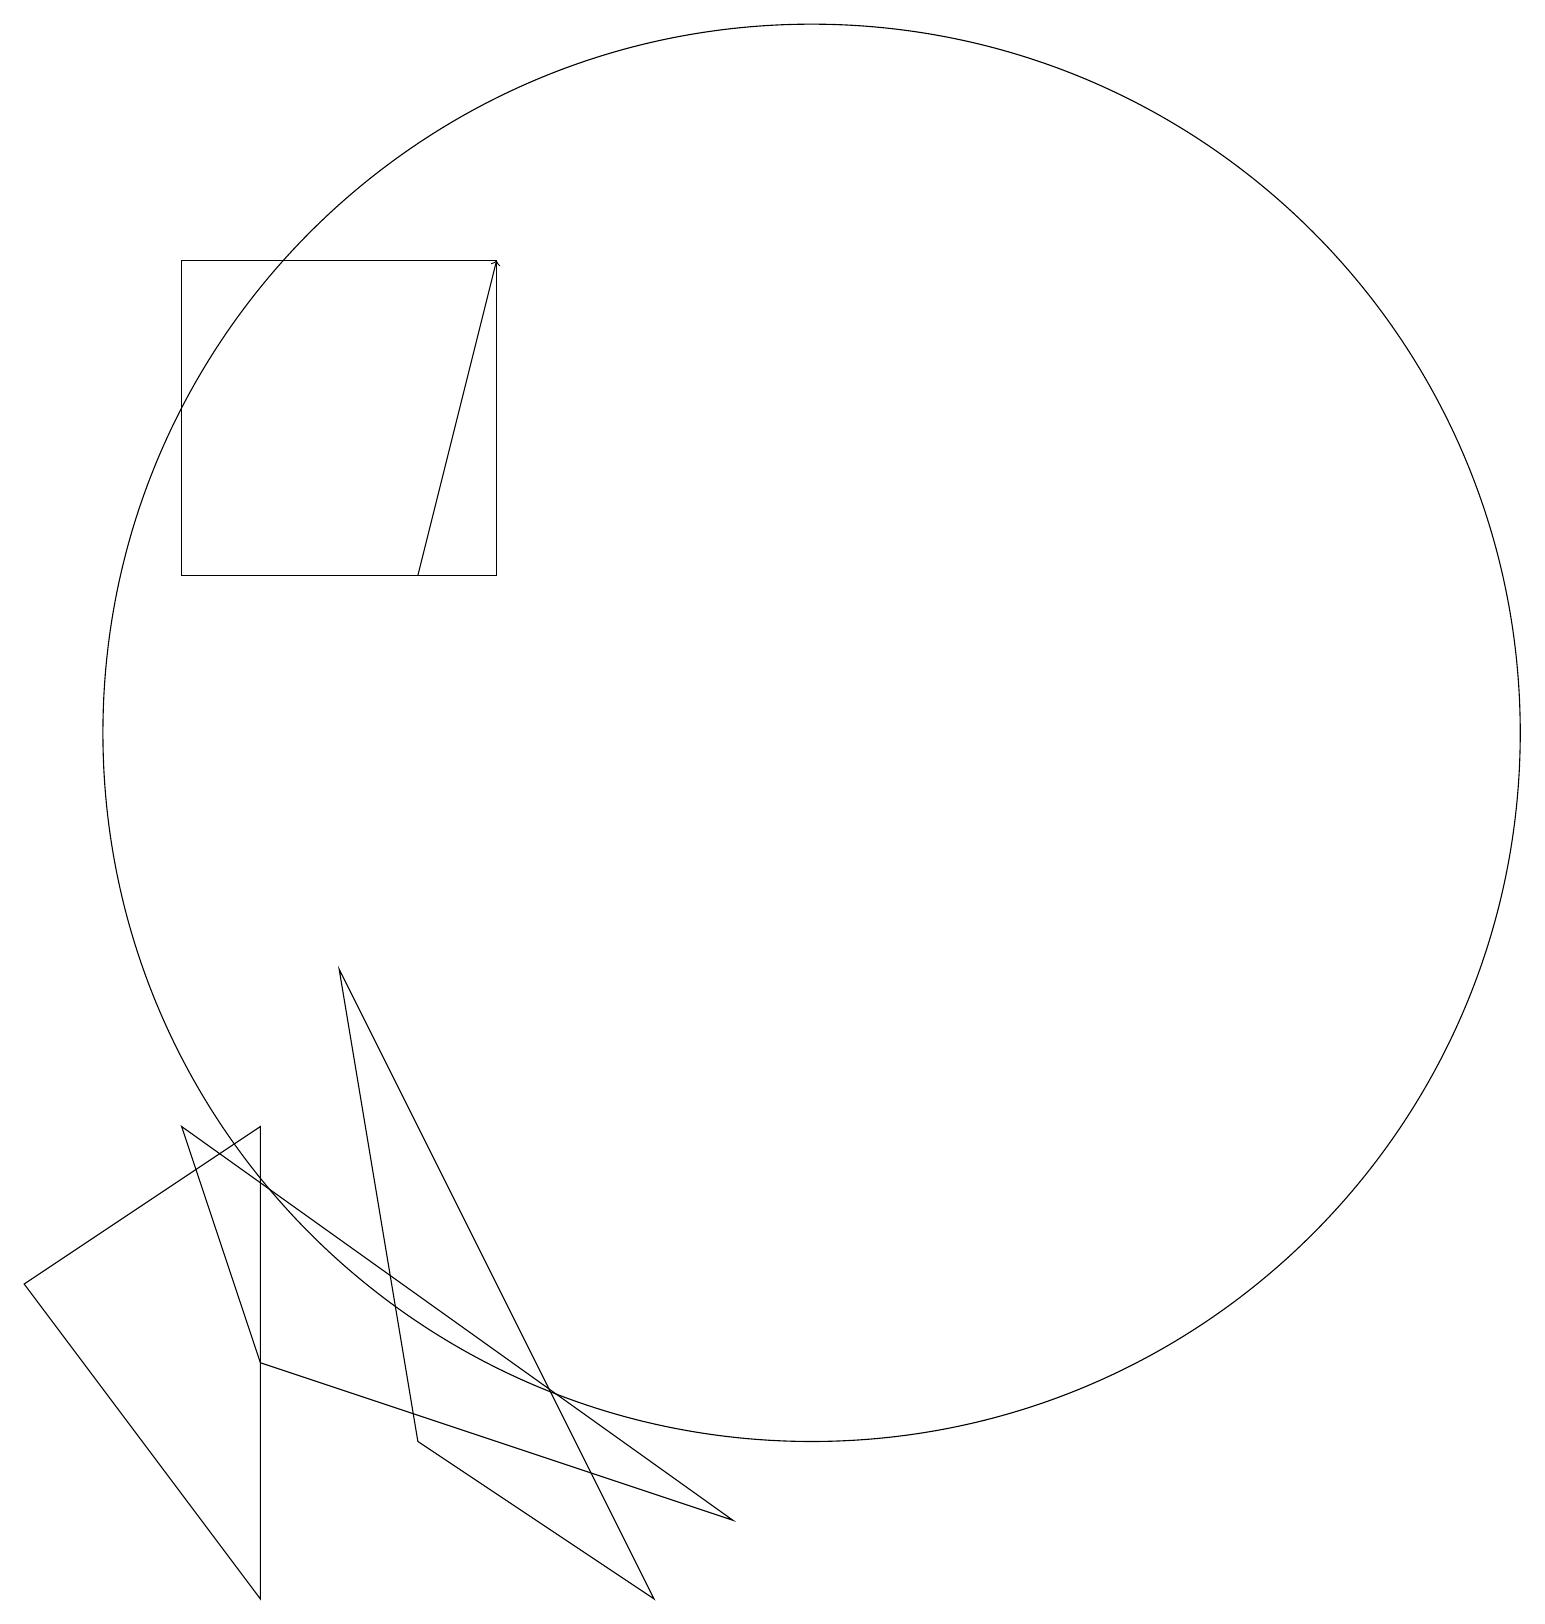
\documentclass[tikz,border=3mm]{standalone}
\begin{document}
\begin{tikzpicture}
\draw (8,0) -- (5,2) -- (4,8) -- cycle;
\draw (2,17) rectangle (6,13);
\draw (3,3) -- (9,1) -- (2,6) -- cycle;
\draw (3,6) -- (0,4) -- (3,0) -- cycle;
\draw (10,11) circle (9);
\draw[->] (5,13) -- (6,17);
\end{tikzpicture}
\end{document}